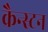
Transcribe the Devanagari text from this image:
क्रैन्स्टन